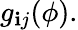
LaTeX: g_{\mathbf{i}j}(\phi).